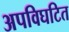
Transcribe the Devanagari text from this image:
अपविघटित